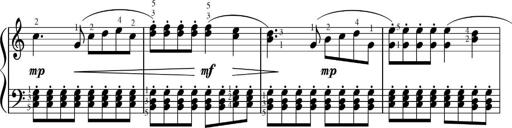
Title: Sonatinas
Composer: Andrew Violette